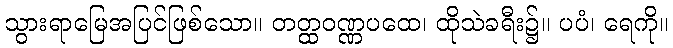
သွားရာမြေအပြင်ဖြစ်သော။ တတ္ထဝဏ္ဏပထေ၊ ထိုသဲခရီး၌။ ပပံ၊ ရေကို။